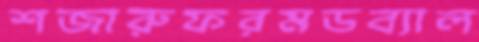
শজারুফরমডব্যাল